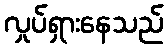
လှုပ်ရှားနေသည်